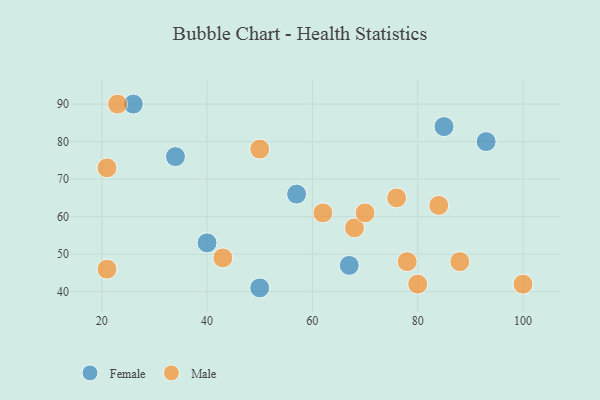
{"axis": {"x": "GDP", "y": "Life Expectancy"}, "legend": ["Female", "Male"], "data": [{"x": "85", "y": 84, "type": "Female"}, {"x": "50", "y": 41, "type": "Female"}, {"x": "67", "y": 47, "type": "Female"}, {"x": "40", "y": 53, "type": "Female"}, {"x": "57", "y": 66, "type": "Female"}, {"x": "34", "y": 76, "type": "Female"}, {"x": "26", "y": 90, "type": "Female"}, {"x": "93", "y": 80, "type": "Female"}, {"x": "84", "y": 63, "type": "Male"}, {"x": "50", "y": 78, "type": "Male"}, {"x": "21", "y": 73, "type": "Male"}, {"x": "100", "y": 42, "type": "Male"}, {"x": "21", "y": 46, "type": "Male"}, {"x": "23", "y": 90, "type": "Male"}, {"x": "68", "y": 57, "type": "Male"}, {"x": "78", "y": 48, "type": "Male"}, {"x": "88", "y": 48, "type": "Male"}, {"x": "43", "y": 49, "type": "Male"}, {"x": "76", "y": 65, "type": "Male"}, {"x": "62", "y": 61, "type": "Male"}, {"x": "80", "y": 42, "type": "Male"}, {"x": "70", "y": 61, "type": "Male"}]}